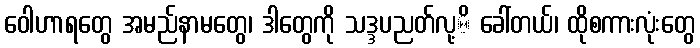
ဝေါဟာရတွေ အမည်နာမတွေ၊ ဒါတွေကို သဒ္ဒပညတ်လု့ိ ခေါ်တယ်၊ ထိုစကားလုံးတွေ